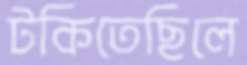
টকিতেছিলে